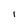
Character: I